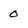
Character: 0